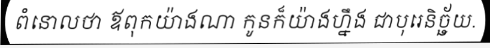
ពំនោលថា ឪពុកយ៉ាងណា កូនក៏យ៉ាងហ្នឹង ជាបុរេនិច្ឆ័យ.